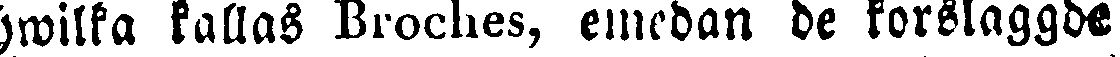
hwilka kallas Broches, emedan de korslaggde